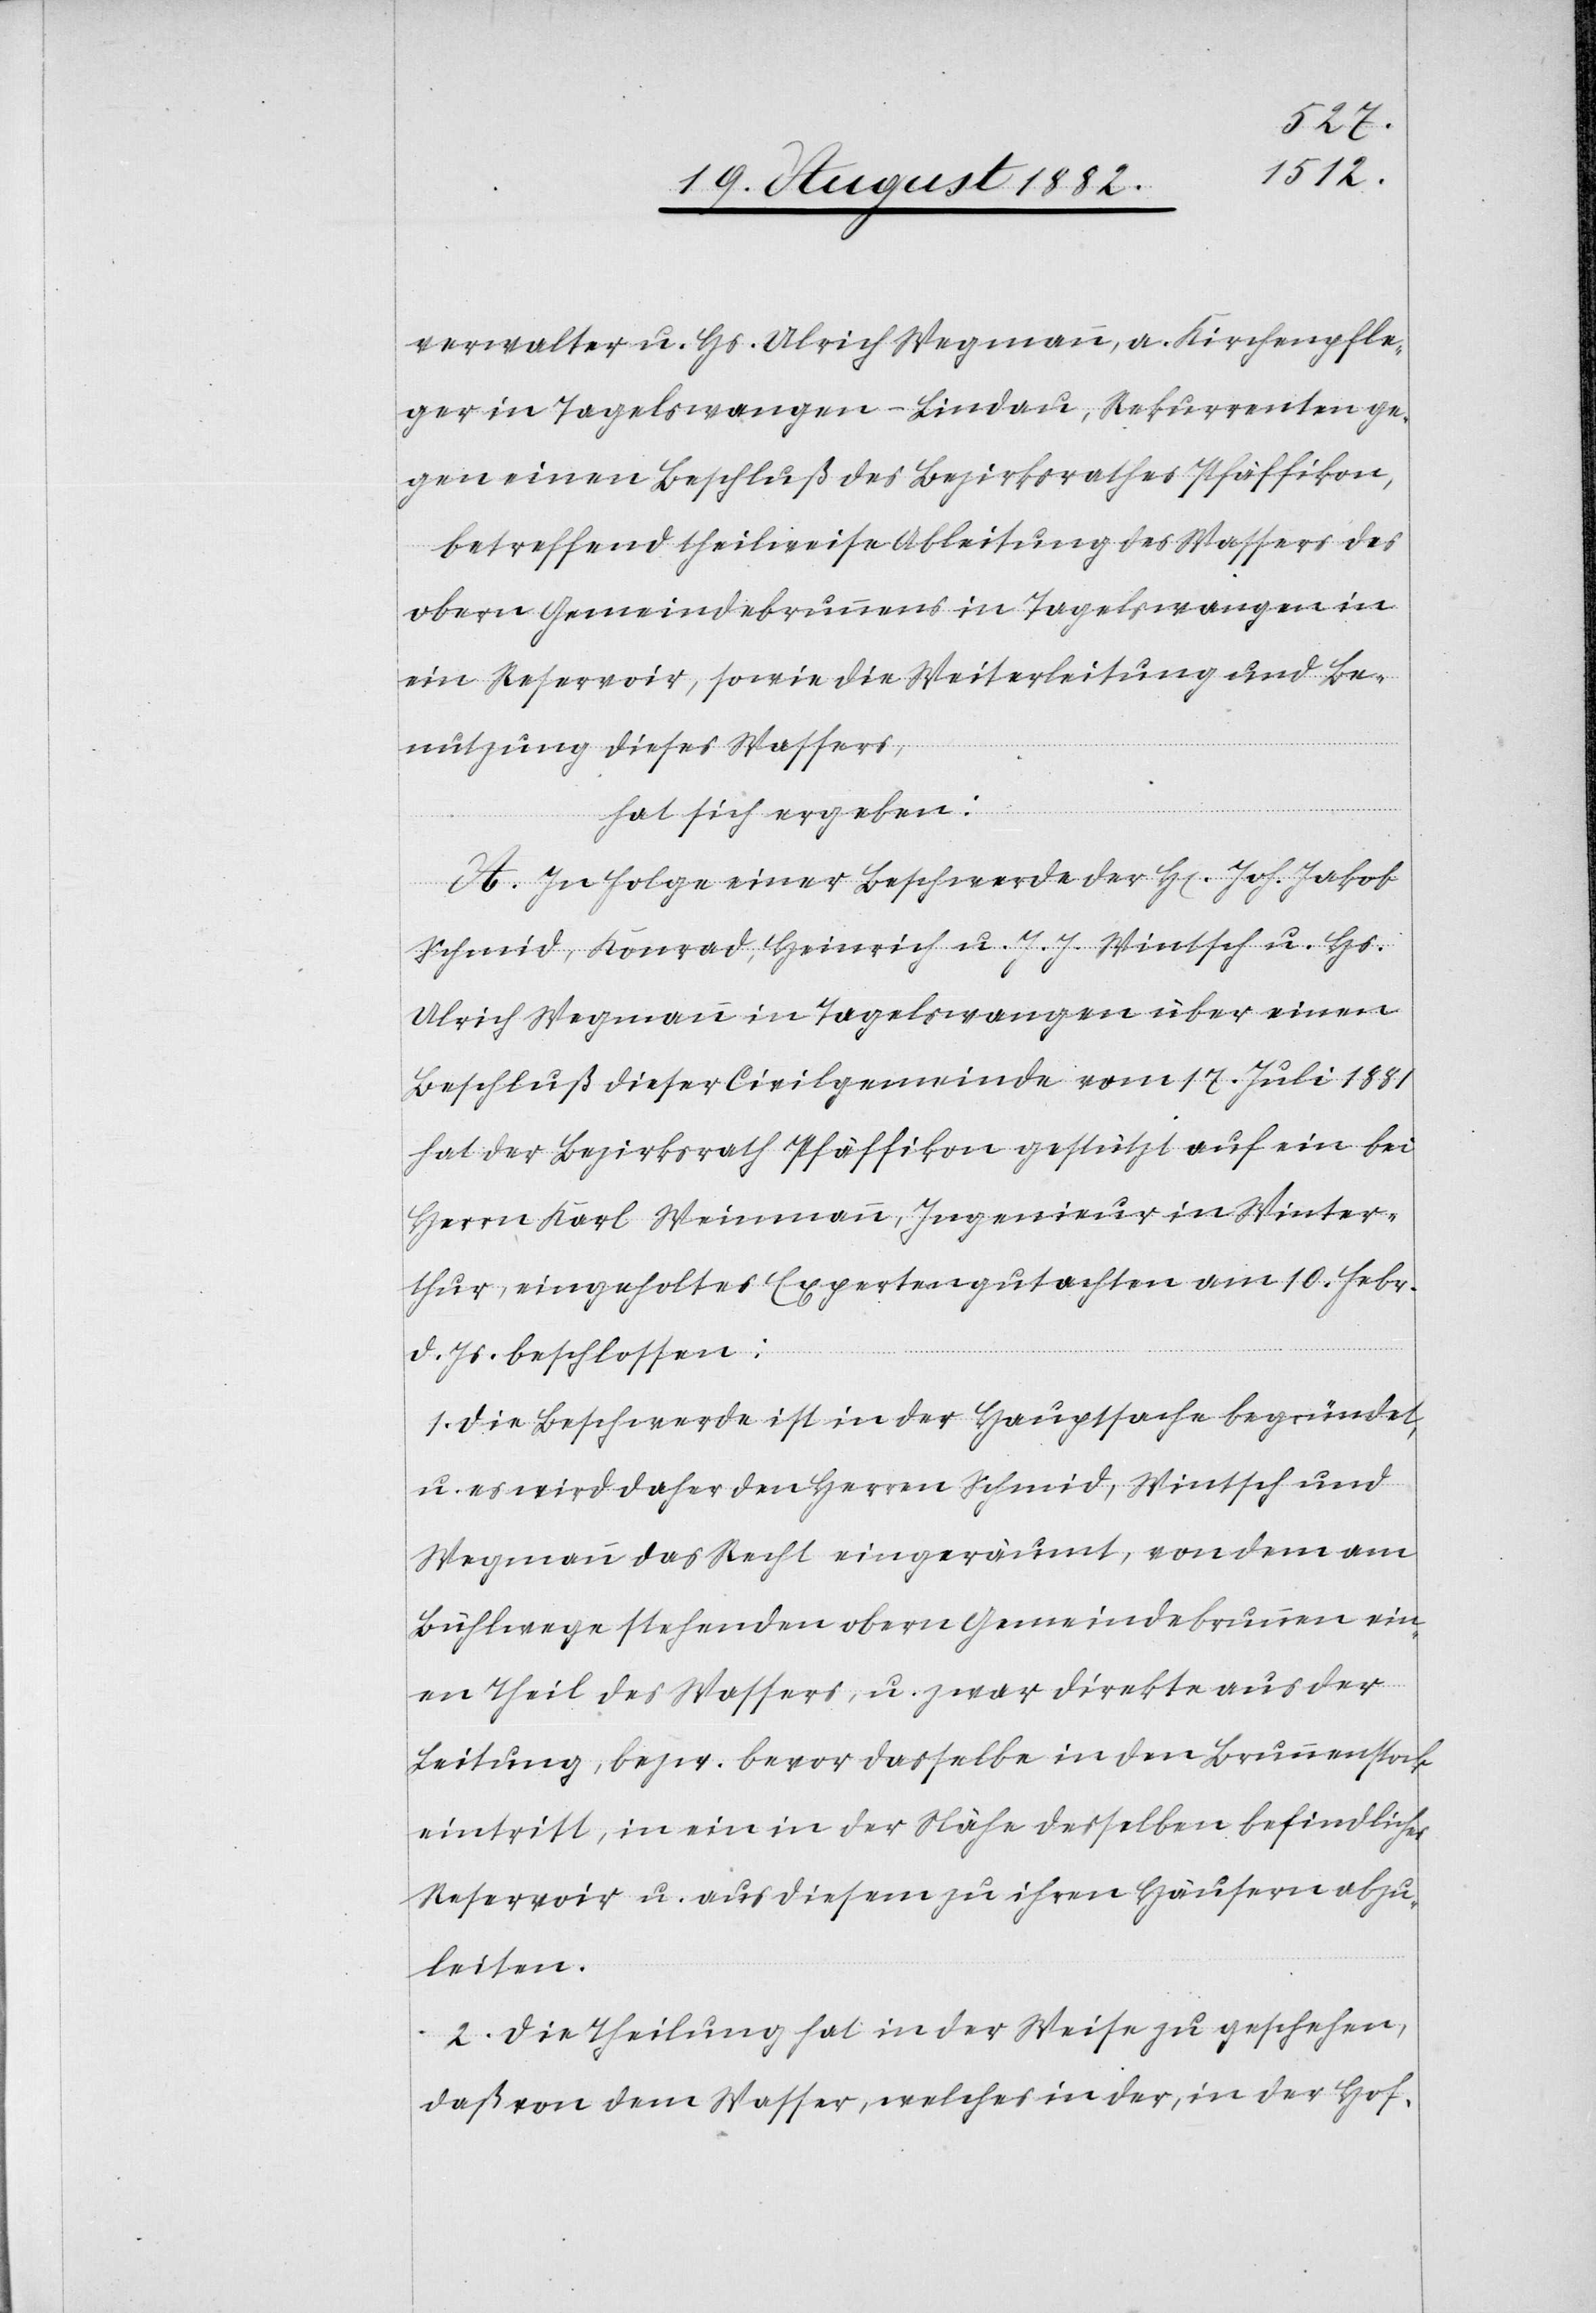
verwalters u. Hs. Ulrich Wegmann, a. Kirchenpfle¬
ger in Tagelswangen - Lindau, Rekurrenten ge¬
gen einen Beschluß des Bezirksrathes Pfäffikon,
betreffend theilweise Ableitung des Wassers des
obern Gemeindebrunnens in Tagelswangen in
ein Reservoir, sowie die Weiterleitung und Be¬
nutzung dieses Wassers,
hat sich ergeben:
A. In Folge einer Beschwerde der H[erren] Joh. Jakob
Schmid, Konrad, Heinrich u. J. J. Wintsch u. Hs.
Ulrich Wegmann in Tagelswangen über einen
Beschluß dieser Civilgemeinde vom 17. Juli 1881
hat der Bezirksrath Pfäffikon gestützt auf ein bei
Herrn Karl Weinmann, Ingenieur in Winter¬
thur, eingeholtes Expertengutachten am 10. Febr.
d. Js. beschlossen:
1. Die Beschwerde ist in der Hauptsache begründet,
u. es wird daher den Herren Schmid, Wintsch und
Wegmann das Recht eingeräumt, von dem am
Bühlwege stehenden obern Gemeindebrunnen ein¬
en Theil des Wassers, u. zwar direkte aus der
Leitung, bezw. bevor dasselbe in den Brunnenstock
eintritt, in ein in der Nähe desselben befindliches
Reservoir u. aus diesem zu ihren Häusern abzu¬
leiten.
2. Die Theilung hat in der Weise zu geschehen,
daß von dem Wasser, welche in der, in der Hof-